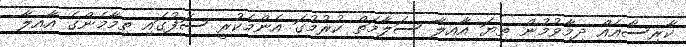
ކާރިސާއެއް ދިމާވުމުން ތިޔަ އާއިލާ ސަލާމަތް ކުރުމުގަ އެންމެކުރީ ސަފުގައި ތިމާމެންގެ އާއިލާ